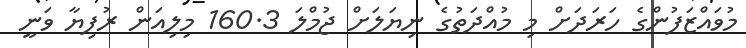
މުވައްޒަފުންގެ ހަރަދަށް މި މުއްދަތުގެ ނިޔަލަށް ޖުމްލަ 160.3 މިލިއަން ރުފިޔާ ވަނީ